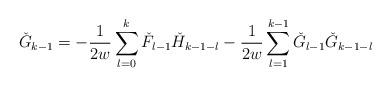
LaTeX: \begin{align*} \check{G}_{k-1}=-\displaystyle\frac{1}{2w}\sum_{l=0}^{k}\check{F}_{l-1}\check{H}_{k-1-l}-\frac{1}{2w}\sum_{l=1}^{k-1}\check{G}_{l-1}\check{G}_{k-1-l}\end{align*}